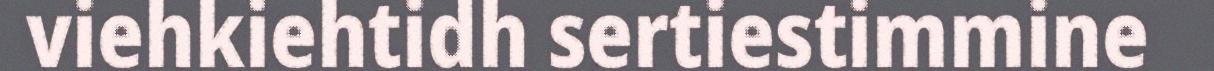
viehkiehtidh sertiestimmine